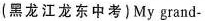
(黑龙江龙东中考)My grand-